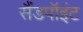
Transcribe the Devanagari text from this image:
सैंडपॉइंट